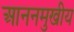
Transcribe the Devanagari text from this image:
आननमुखीय